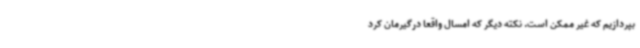
بپردازیم که غیر ممکن است. نکته دیگر که امسال واقعاً درگیرمان کرد